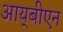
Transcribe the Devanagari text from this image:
आय्‌बीएन